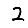
Digit: 2